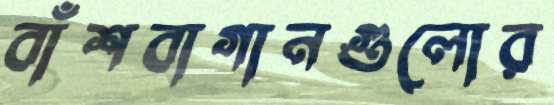
বাঁশবাগানগুলোর